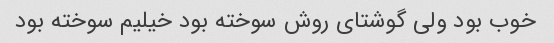
خوب بود ولی گوشتای روش سوخته بود خیلیم سوخته بود